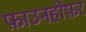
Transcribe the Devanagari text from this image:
फ़ाउनहोफ़र